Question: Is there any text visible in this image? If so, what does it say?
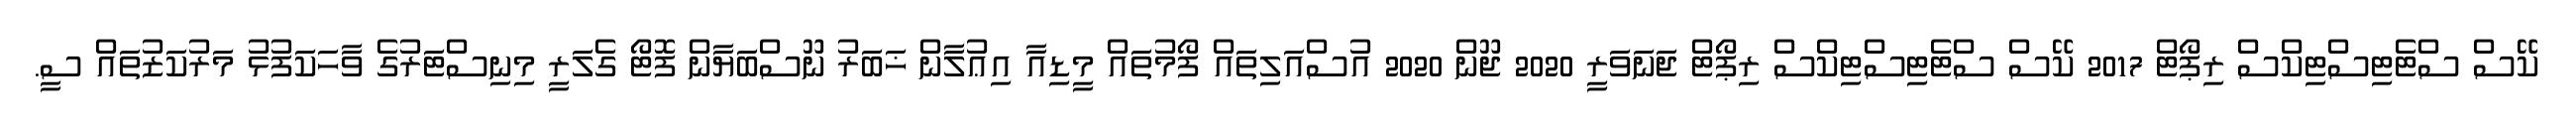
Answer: ކޭސް ސްޓެޓިސްޓިކްސް ރިޕޯޓް 2017 ކޭސް ސްޓެޓިސްޓިކްސް ރިޕޯޓް ޖަނަވަރީ 2020 ޖޫން 2020 އުސްއަލިތައް ފޯމުތައް މީޑިއާ އިޢުލާން ޚަބަރު ނޫސްބަޔާން ފޮޓޯ ގެލަރީ މިނިސްޓަރުގެ ވާހަކަފުޅު މަރުކަޒުތައް ސީ.